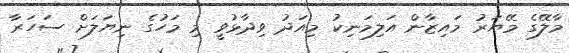
މާލޭގެ މޭޔަރު މައިޒާން އަލިމަނިކު މިއަދު ވިދާޅުވީ މި މަހުގެ ނިޔަލަށް ސަހަރާ